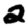
Digit: 2